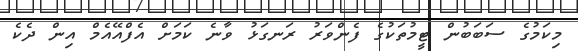
މިކަމުގެ ސަބަބުން ޓީމުތަކުގެ ފެންވަރު ރަނގަޅު ވާނެ ކަމަށް އެފްއޭއެމް އިން ދެކެ